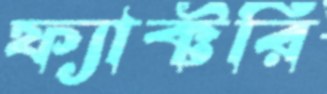
ফ্যাক্টরি